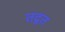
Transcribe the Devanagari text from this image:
तद्वत